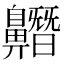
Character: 𪖼